Annual report on the Civil Veterinary Department, Burma (including the Insein Veterinary School) - 1932-1941
Year: 1932
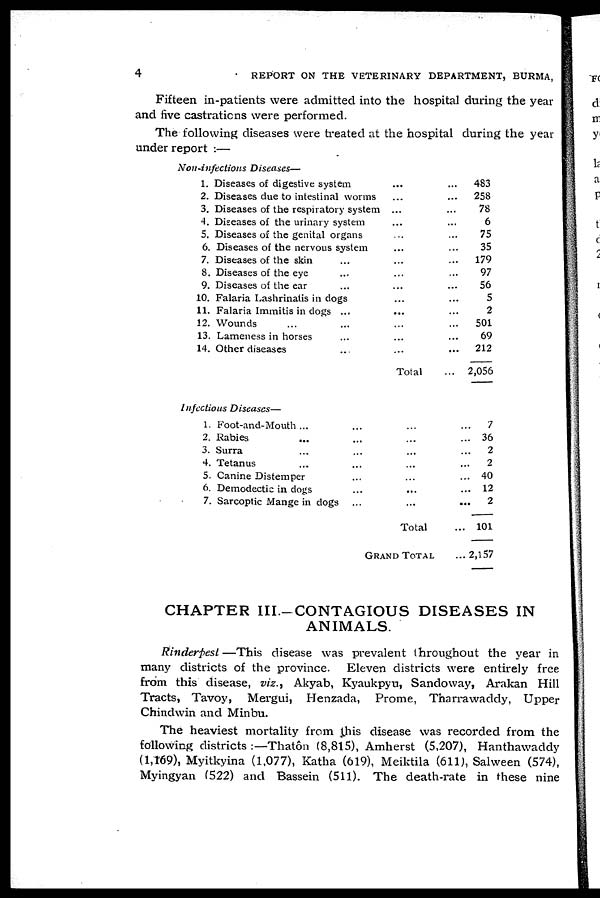
4
REPORT ON THE VETERINARY DEPARTMENT, BURMA,
Fifteen in-patients were admitted into the hospital during the year
and five castrations were performed.
The following diseases were treated at the hospital during the year
under report :—
Non-infections Diseases—
1. Diseases of digestive system
2. Diseases due to intestinal worms
3. Diseases of the respiratory system
4. Diseases of the urinary system
5. Diseases of the genital organs
6. Diseases of the nervous system
7. Diseases of the skin
8. Diseases of the eye
9. Diseases of the ear
...
...
...
10. Falaria Lashrinatis in dogs
11. Falaria Immitis in dogs
12. Wounds ...
13. Lameness in horses
14. Other diseases
...
...
...
...
...
...
...
...
...
...
...
...
...
...
...
...
...
...
Total
...
483
...
258
... 78
... 6
... 75
... 35
...
179
... 97
... 56
... 5
... 2
...
501
... 69
...
212
... 2,056
Infectious Diseases—
1. Foot-and-Mouth ...
2. Rabies ...
3. Surra ...
4. Tetanus ...
5. Canine Distemper
6. Demodectic in dogs
7. Sarcoptic Mange in dogs
...
...
...
...
...
...
...
...
...
...
...
...
...
...
Total
Grand Total
...
...
...
...
...
...
...
...
7
36
2
2
40
12
2
101
... 2,157
CHAPTER III.-CONTAGIOUS DISEASES IN
ANIMALS.
Rinderpest—This disease was prevalent throughout the year in
many districts of the province. Eleven districts were entirely free
from this disease, viz., Akyab, Kyaukpyu, Sandoway, Arakan Hill
Tracts, Tavoy, Mergui, Henzada, Prome, Tharrawaddy, Upper
Chindwin and Minbu.
The heaviest mortality from this disease was recorded from the
following districts :—Thatôn (8,815), Amherst (5,207), Hanthawaddy
(1,169), Myitkyina (1,077), Katha (619), Meiktila (611), Salween (574),
Myingyan (522) and Bassein (511). The death-rate in these nine